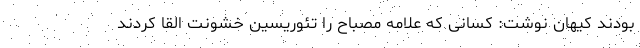
بودند کیهان نوشت: کسانی که علامه مصباح را تئوریسین خشونت القا کردند